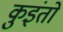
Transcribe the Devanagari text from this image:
कुइंतो